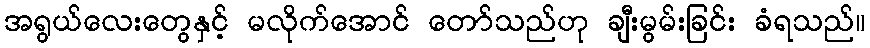
အရွယ်လေးတွေနှင့် မလိုက်အောင် တော်သည်ဟု ချီးမွမ်းခြင်း ခံရသည်။